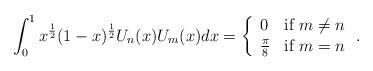
LaTeX: \begin{align*}\int_{0}^{1}x^{\frac{1}{2}}(1-x)^{\frac{1}{2}}U_{n}(x)U_{m}(x)dx=\left\{\begin{array}{ll} 0 & \mbox{if } m\neq n \\\frac{\pi}{8} & \mbox{if } m=n\end{array}\right..\end{align*}